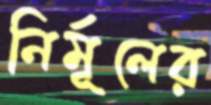
নির্মূলের